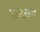
મોરકકન